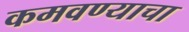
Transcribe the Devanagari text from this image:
कमवण्याचा